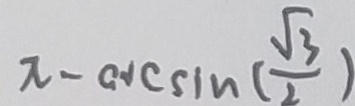
\pi - \arcsin ( \frac { \sqrt { 3 } } { 2 } )